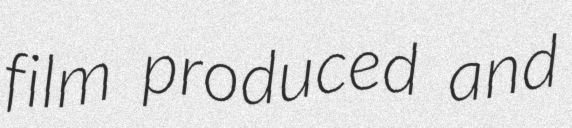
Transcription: film produced and